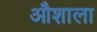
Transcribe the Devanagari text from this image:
औशाला